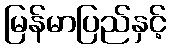
မြန်မာပြည်နှင့်